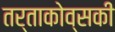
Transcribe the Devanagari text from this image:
तर्ताकोव्सकी